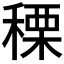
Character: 𥠲